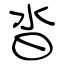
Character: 沓